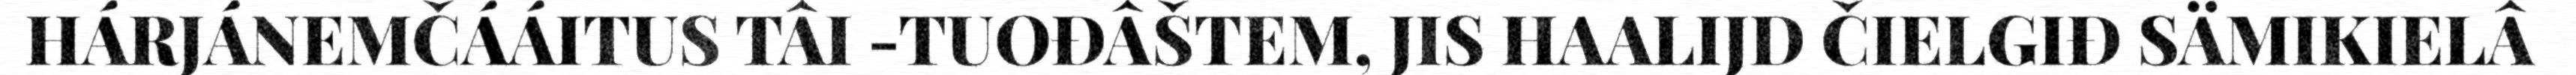
HÁRJÁNEMČÁÁITUS TÂI -TUOĐÂŠTEM, JIS HAALIJD ČIELGIĐ SÄMIKIELÂ